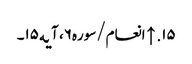
۱۵. ↑ انعام/سوره۶، آیه۱۵۔